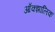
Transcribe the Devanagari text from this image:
आँक्झालिक